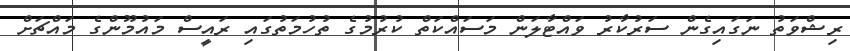
ރިޝްވަތު ނަގައިގެން ސަރުކާރު ވައްޓާލަން މަސައްކަތް ކުރުމުގެ ތުހުމަތުގައި ރައީސް މައުމޫންގެ މައްޗަށް